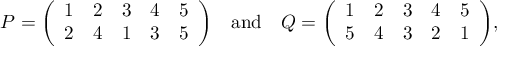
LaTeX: P = { \left( \begin{array} { l l l l l } { 1 } & { 2 } & { 3 } & { 4 } & { 5 } \\ { 2 } & { 4 } & { 1 } & { 3 } & { 5 } \end{array} \right) } \quad { \mathrm { a n d } } \quad Q = { \left( \begin{array} { l l l l l } { 1 } & { 2 } & { 3 } & { 4 } & { 5 } \\ { 5 } & { 4 } & { 3 } & { 2 } & { 1 } \end{array} \right) } ,